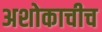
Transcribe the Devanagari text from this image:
अशोकाचीच